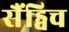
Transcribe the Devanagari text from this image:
सैंड्विच